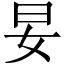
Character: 妟